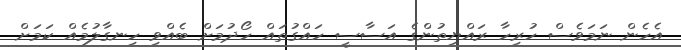
އެހެން ނަމަވެސް ހުރިހާ ރައްޔިތުންގެ އަސާސީ ހައްގުތައް ހޯދުމަށް ބެއްވި ހިނގާލުމެއް ކަމަށް